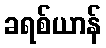
ခရစ်ယာန်